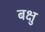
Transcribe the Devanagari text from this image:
बक्षु